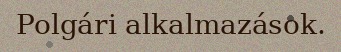
Polgári alkalmazások.